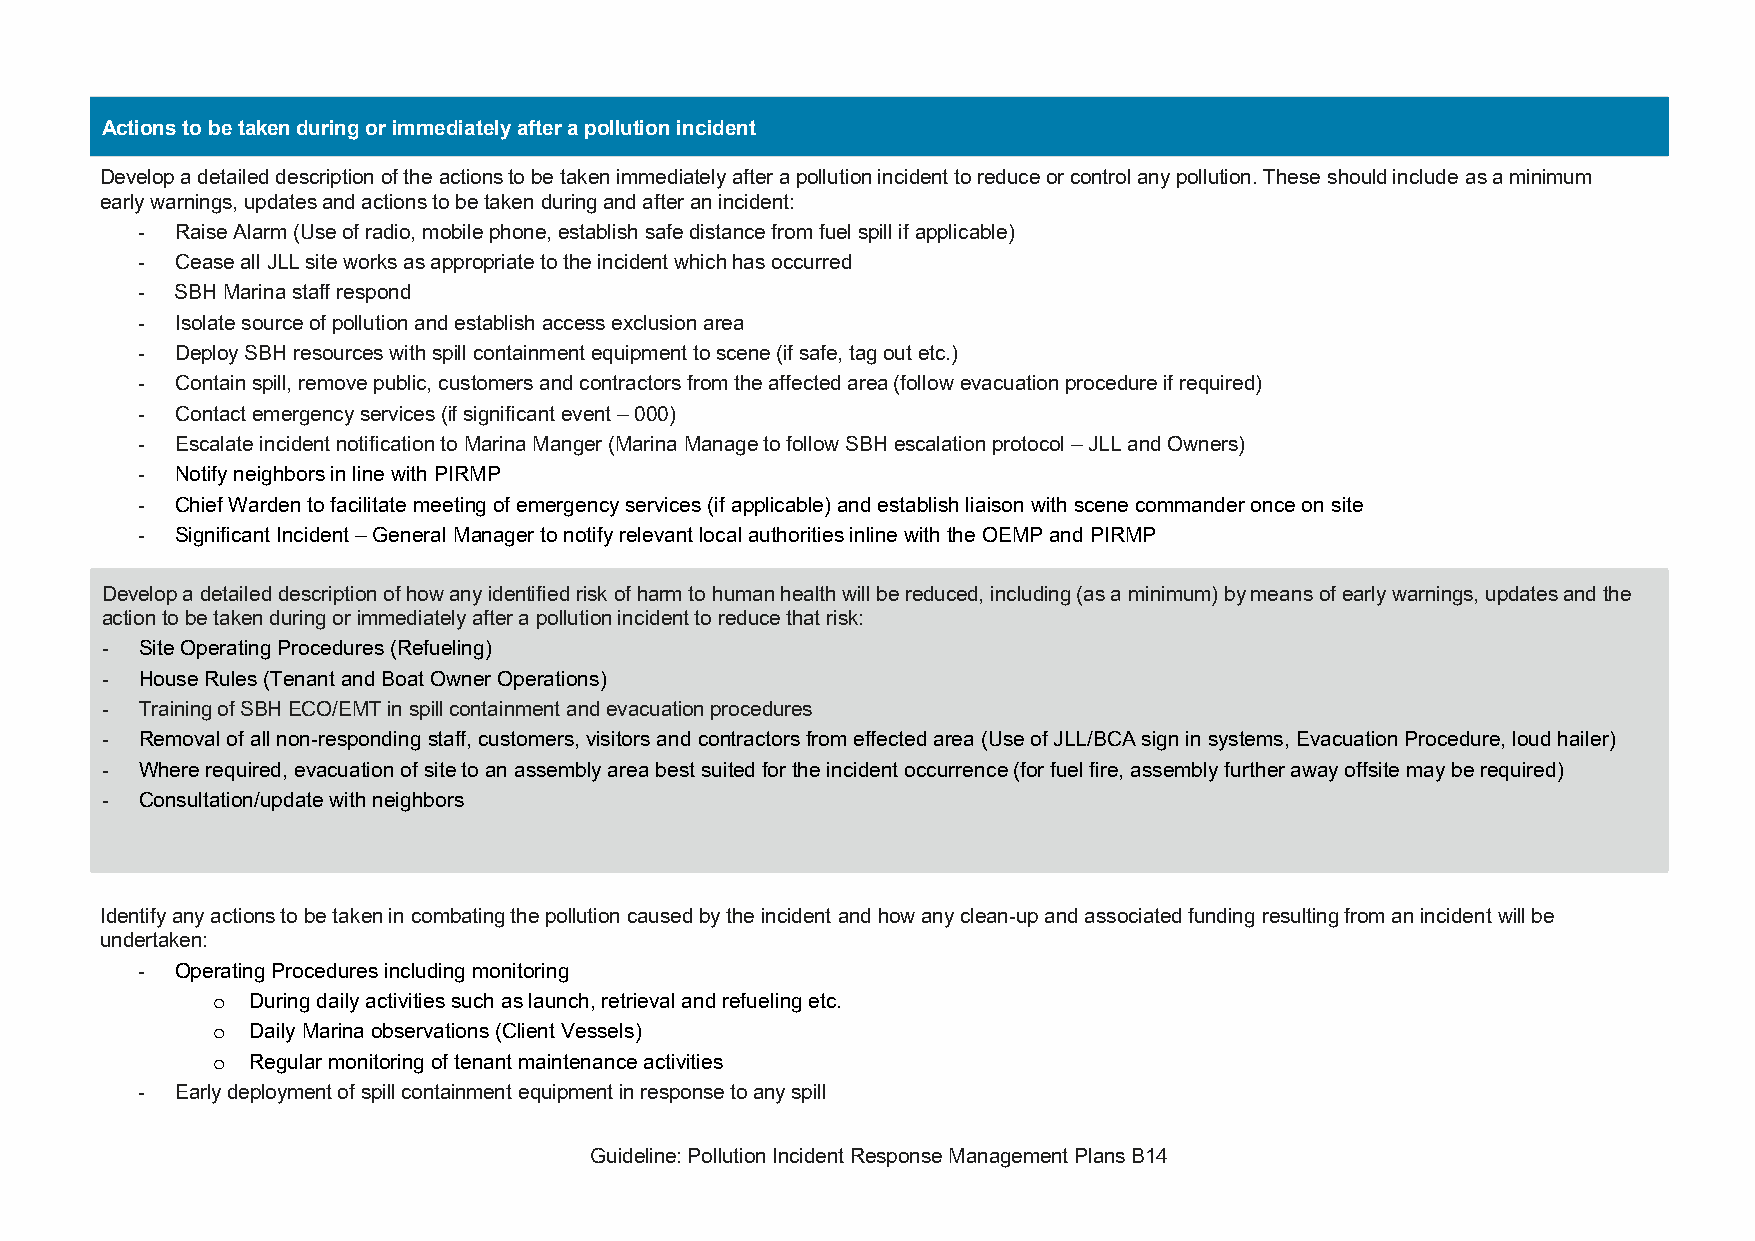
Actions to be taken during or immediately after a pollution incident
 Develop a detailed description of the actions to be taken immediately after a pollution incident to reduce or control any pollution. These should include as a minimum
 early warnings, updates and actions to be taken during and after an incident:
 -  Raise Alarm (Use of radio, mobile phone, establish safe distance from fuel spill if applicable)
 -  Cease all JLL site works as appropriate to the incident which has occurred
 -  SBH Marina staff respond
 -  Isolate source of pollution and establish access exclusion area
 -  Deploy SBH resources with spill containment equipment to scene (if safe, tag out etc.)
 -  Contain spill, remove public, customers and contractors from the affected area (follow evacuation procedure if required)
 -  Contact emergency services (if significant event – 000)
 -  Escalate incident notification to Marina Manger (Marina Manage to follow SBH escalation protocol – JLL and Owners)
 -  Notify neighbors in line with PIRMP
 -  Chief Warden to facilitate meeting of emergency services (if applicable) and establish liaison with scene commander once on site
 -  Significant Incident – General Manager to notify relevant local authorities inline with the OEMP and PIRMP
 Develop a detailed description of how any identified risk of harm to human health will be reduced, including (as a minimum) by means of early warnings, updates and the
 action to be taken during or immediately after a pollution incident to reduce that risk:
 - Site Operating Procedures (Refueling)
 - House Rules (Tenant and Boat Owner Operations)
 - Training of SBH ECO/EMT in spill containment and evacuation procedures
 - Removal of all non-responding staff, customers, visitors and contractors from effected area (Use of JLL/BCA sign in systems, Evacuation Procedure, loud hailer)
 - Where required, evacuation of site to an assembly area best suited for the incident occurrence (for fuel fire, assembly further away offsite may be required)
 - Consultation/update with neighbors
 Identify any actions to be taken in combating the pollution caused by the incident and how any clean-up and associated funding resulting from an incident will be
 undertaken:
 -  Operating Procedures including monitoring
 o  During daily activities such as launch, retrieval and refueling etc.
 o  Daily Marina observations (Client Vessels)
 o  Regular monitoring of tenant maintenance activities
 -  Early deployment of spill containment equipment in response to any spill
 Guideline: Pollution Incident Response Management Plans B14